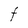
Character: t